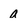
Character: a